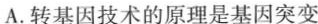
A.转基因技术的原理是基因突变